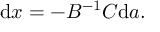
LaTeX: { \mathrm { d } } x = - B ^ { - 1 } C { \mathrm { d } } a .